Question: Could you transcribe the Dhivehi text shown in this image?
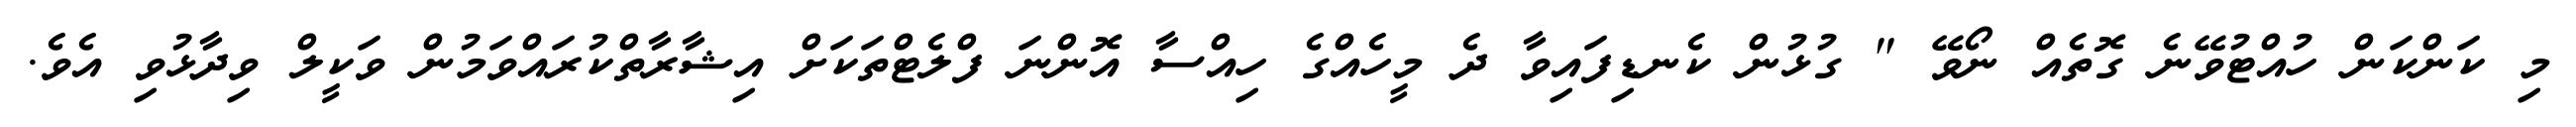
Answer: މި ކަންކަން ހުއްޓުވޭނެ ގޮތެއް ނޯވޭ " ގުޅުން ކެނޑިފައިވާ ދެ މީހެއްގެ ހިއްސާ އޮންނަ ފްލެޓްތަކަށް އިޝާރާތްކުރައްވަމުން ވަކީލް ވިދާޅުވި އެވެ.